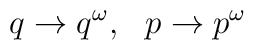
q\rightarrow q^\omega ,\ \ p\rightarrow p^\omega